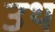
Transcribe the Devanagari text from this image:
उथ